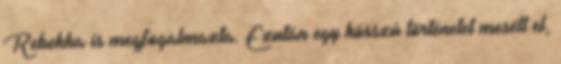
Rebekka is megfogalmazta. Ezután egy hosszú történetet mesélt el,